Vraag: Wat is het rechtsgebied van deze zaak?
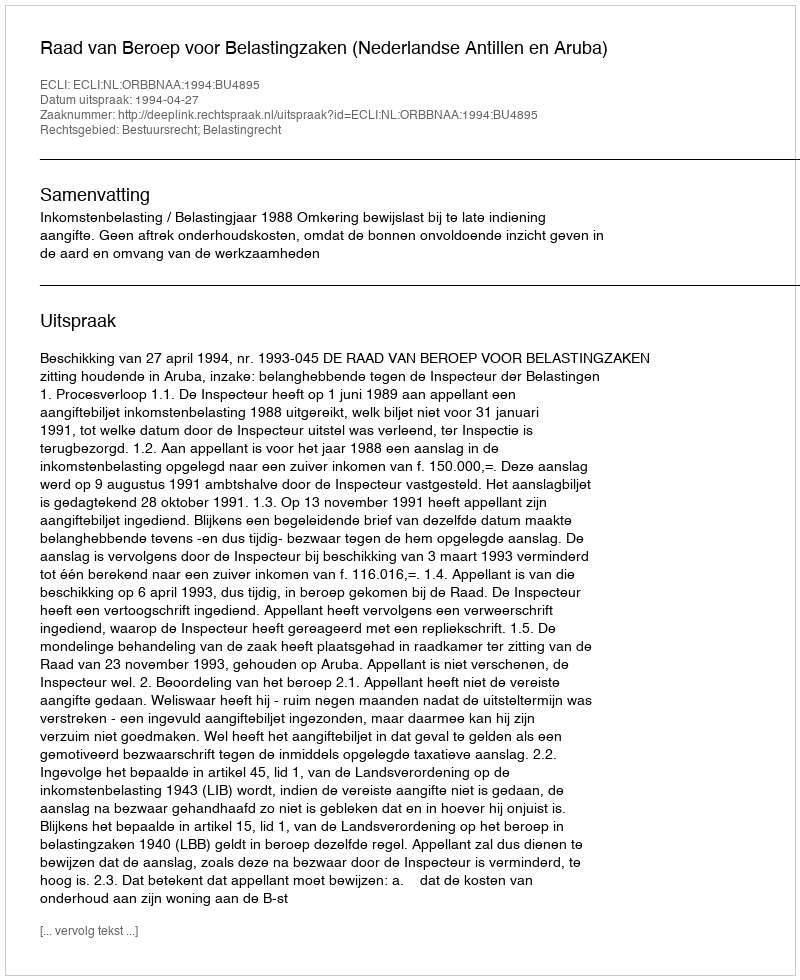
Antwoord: Bestuursrecht; Belastingrecht